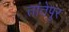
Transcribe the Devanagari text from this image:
तांतेपुर